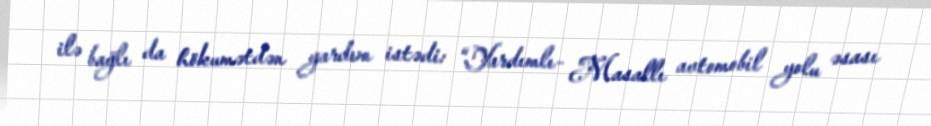
ilə bağlı da hökumətdən yardım istədi: “Yardımlı- Masallı avtomobil yolu əsası